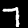
Label: 7